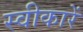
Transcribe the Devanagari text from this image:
स्वीकारें